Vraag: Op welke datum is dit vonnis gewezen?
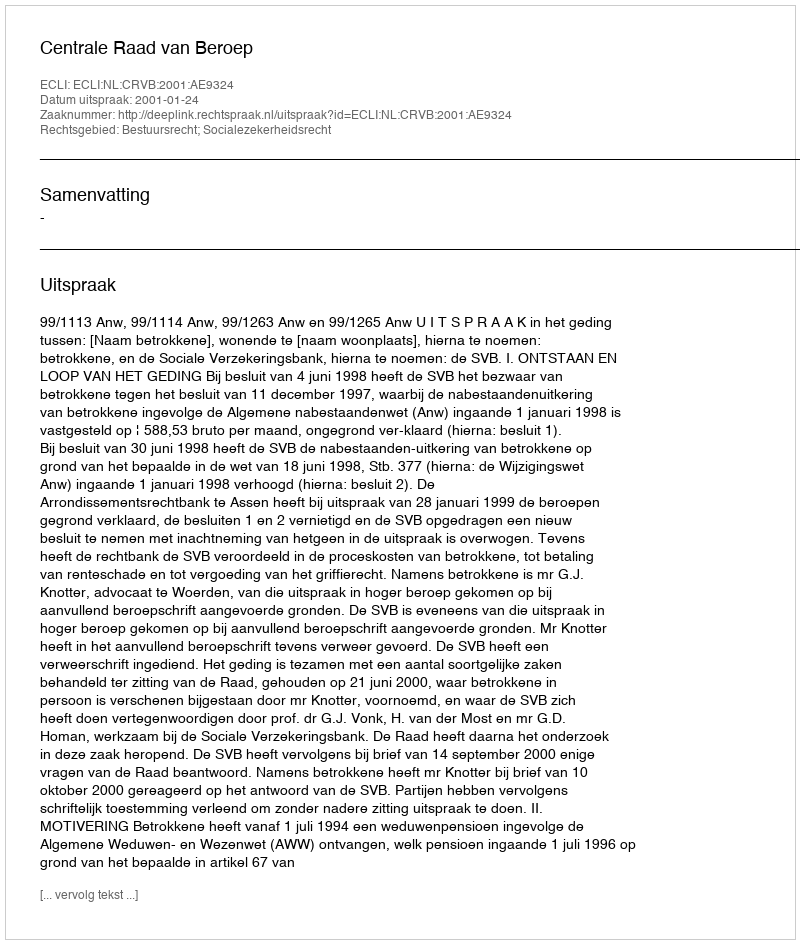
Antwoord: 2001-01-24